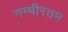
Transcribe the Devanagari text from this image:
गम्भीरतम